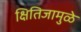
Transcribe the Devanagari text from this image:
क्षितिजामुळे